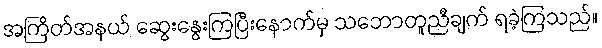
အကြိတ်အနယ် ဆွေးနွေးကြပြီးနောက်မှ သဘောတူညီချက် ရခဲ့ကြသည်။